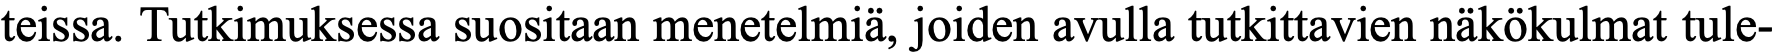
teissa. Tutkimuksessa suositaan menetelmiä, joiden avulla tutkittavien näkökulmat tule-